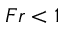
F r < 1